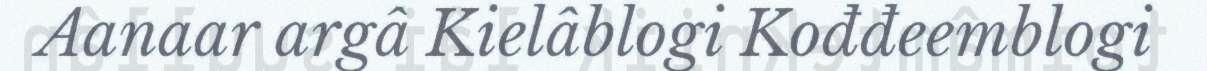
Aanaar argâ Kielâblogi Kođđeemblogi